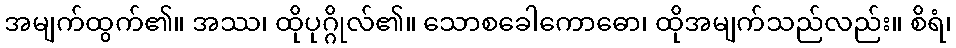
အမျက်ထွက်၏။ အဿ၊ ထိုပုဂ္ဂိုလ်၏။ သောစခေါကောဓော၊ ထိုအမျက်သည်လည်း။ စိရံ၊